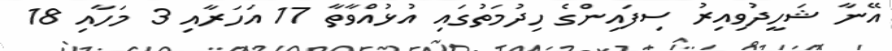
އޭނާ ޝަހީދުވިއިރު ސިފައިންގެ ހިދުމަތުގައި އުޅުއްވާތާ 17 އަހަރާއި 3 މަހާއި 18